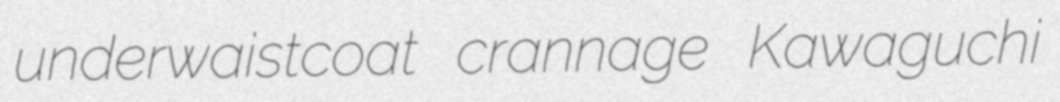
underwaistcoat crannage Kawaguchi